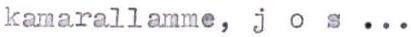
kamarallamme, j o s ...